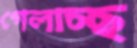
গেলাচ্ছ